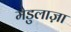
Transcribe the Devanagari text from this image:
मेडुलाज़ा